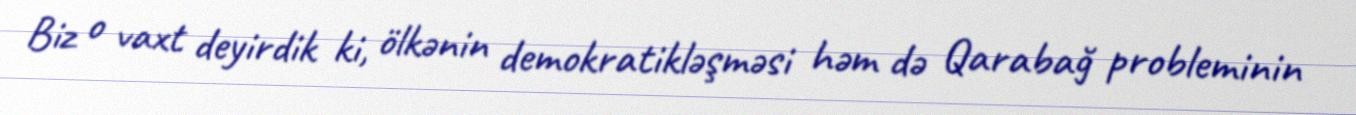
Biz o vaxt deyirdik ki, ölkənin demokratikləşməsi həm də Qarabağ probleminin